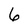
Character: 6